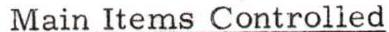
Main Items Controlled